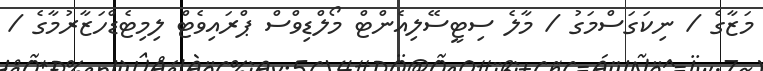
މަޒާގެ / ނިކަގަސްމަގު / މާލެ ސިޓީސޭލިއެންޓް މޯލްޑިވްސް ޕްރައިވެޓް ލިމިޓެޑްހަޒާރުމާގެ /